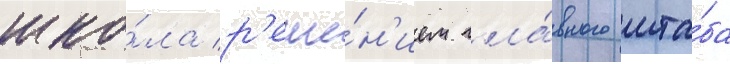
шко́ла р'еше́н'ием гла́вного шта́ба